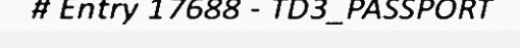
# Entry 17688 - TD3_PASSPORT